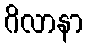
ဂိလာနာ